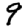
Digit: 9